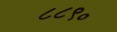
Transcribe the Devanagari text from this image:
८८९०